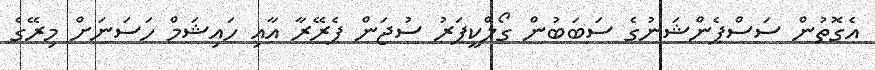
އެގޮތުން ސަސްޕެންޝަނުގެ ސަބަބުން ގޯލްކީޕަރު ސުޖަން ޕެރޭރާ އާއި ހައިޝަމް ހަސަނަށް މިރޭގެ